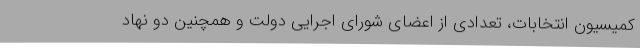
کمیسیون انتخابات، تعدادی از اعضای شورای اجرایی دولت و همچنین دو نهاد